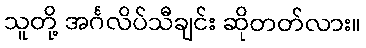
သူတို့ အင်္ဂလိပ်သီချင်း ဆိုတတ်လား။